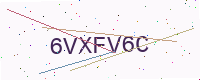
Text: 6VXFV6C